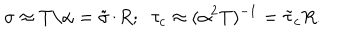
\sigma \approx T / \alpha = \tilde { \sigma } / R ; \; \; \tau _ { c } \approx ( \alpha ^ { 2 } T ) ^ { - 1 } = \tilde { \tau } _ { c } R .